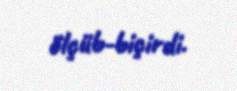
ölçüb-biçirdi.